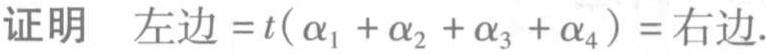
证明 左边 \(=t(\alpha_1 + \alpha_2 + \alpha_3 + \alpha_4)=\) 右边.